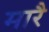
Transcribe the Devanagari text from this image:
मारै